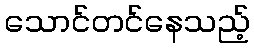
သောင်တင်နေသည့်